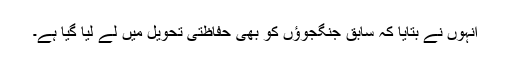
انہوں نے بتایا کہ سابق جنگجوؤں کو بھی حفاظتی تحویل میں لے لیا گیا ہے۔